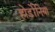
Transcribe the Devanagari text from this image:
होर्डोनिया